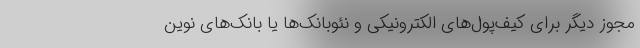
مجوز دیگر برای کیف‌پول‌های الکترونیکی و نئوبانک‌ها یا بانک‌های نوین